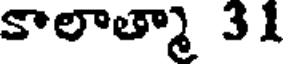
కాలాత్మా 31